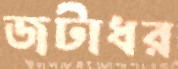
জটাধর